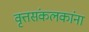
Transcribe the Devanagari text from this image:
वृत्तसंकलकांना